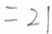
= 2 1